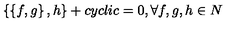
\left\{ \left\{ f , g \right\} , h \right\} + c y c l i c = 0 , \forall f , g , h \in N